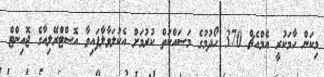
މިކަން ހާމަކުރީ އެމްއެޗް 370 ހޯދުމުގެ މަސައްކަތް ކުރުމަށް އެކުލަވާލާފައިވާ އޮސްޓްރޭލިއާގެ ޖޮއިންޓް